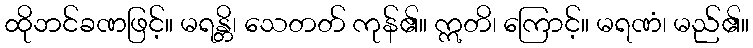
ထိုဘင်ခဏဖြင့်။ မရန္တိ၊ သေတတ် ကုန်၏။ ဣတိ၊ ကြောင့်။ မရဏံ၊ မည်၏။